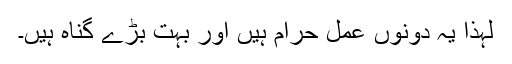
لہذا یہ دونوں عمل حرام ہیں اور بہت بڑے گناہ ہیں۔